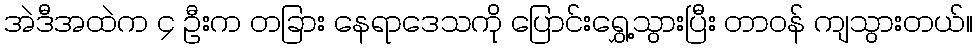
အဲဒီအထဲက ၄ ဦးက တခြား နေရာဒေသကို ပြောင်းရွှေ့သွားပြီး တာဝန် ကျသွားတယ်။